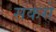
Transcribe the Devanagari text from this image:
सकसे